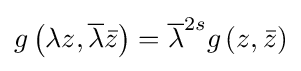
g\left(\lambda z,{\overline {\lambda }}{\bar {z}}\right)={\overline {\lambda }}^{2s}g\left(z,{\bar {z}}\right)